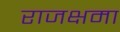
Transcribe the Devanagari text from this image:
राजक्षमा